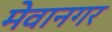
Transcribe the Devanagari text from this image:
मेवानगर